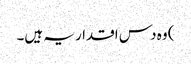
) وہ دس اقدار یہ ہیں۔